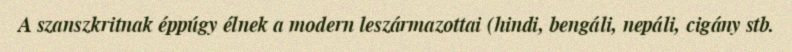
A szanszkritnak éppúgy élnek a modern leszármazottai (hindi, bengáli, nepáli, cigány stb.